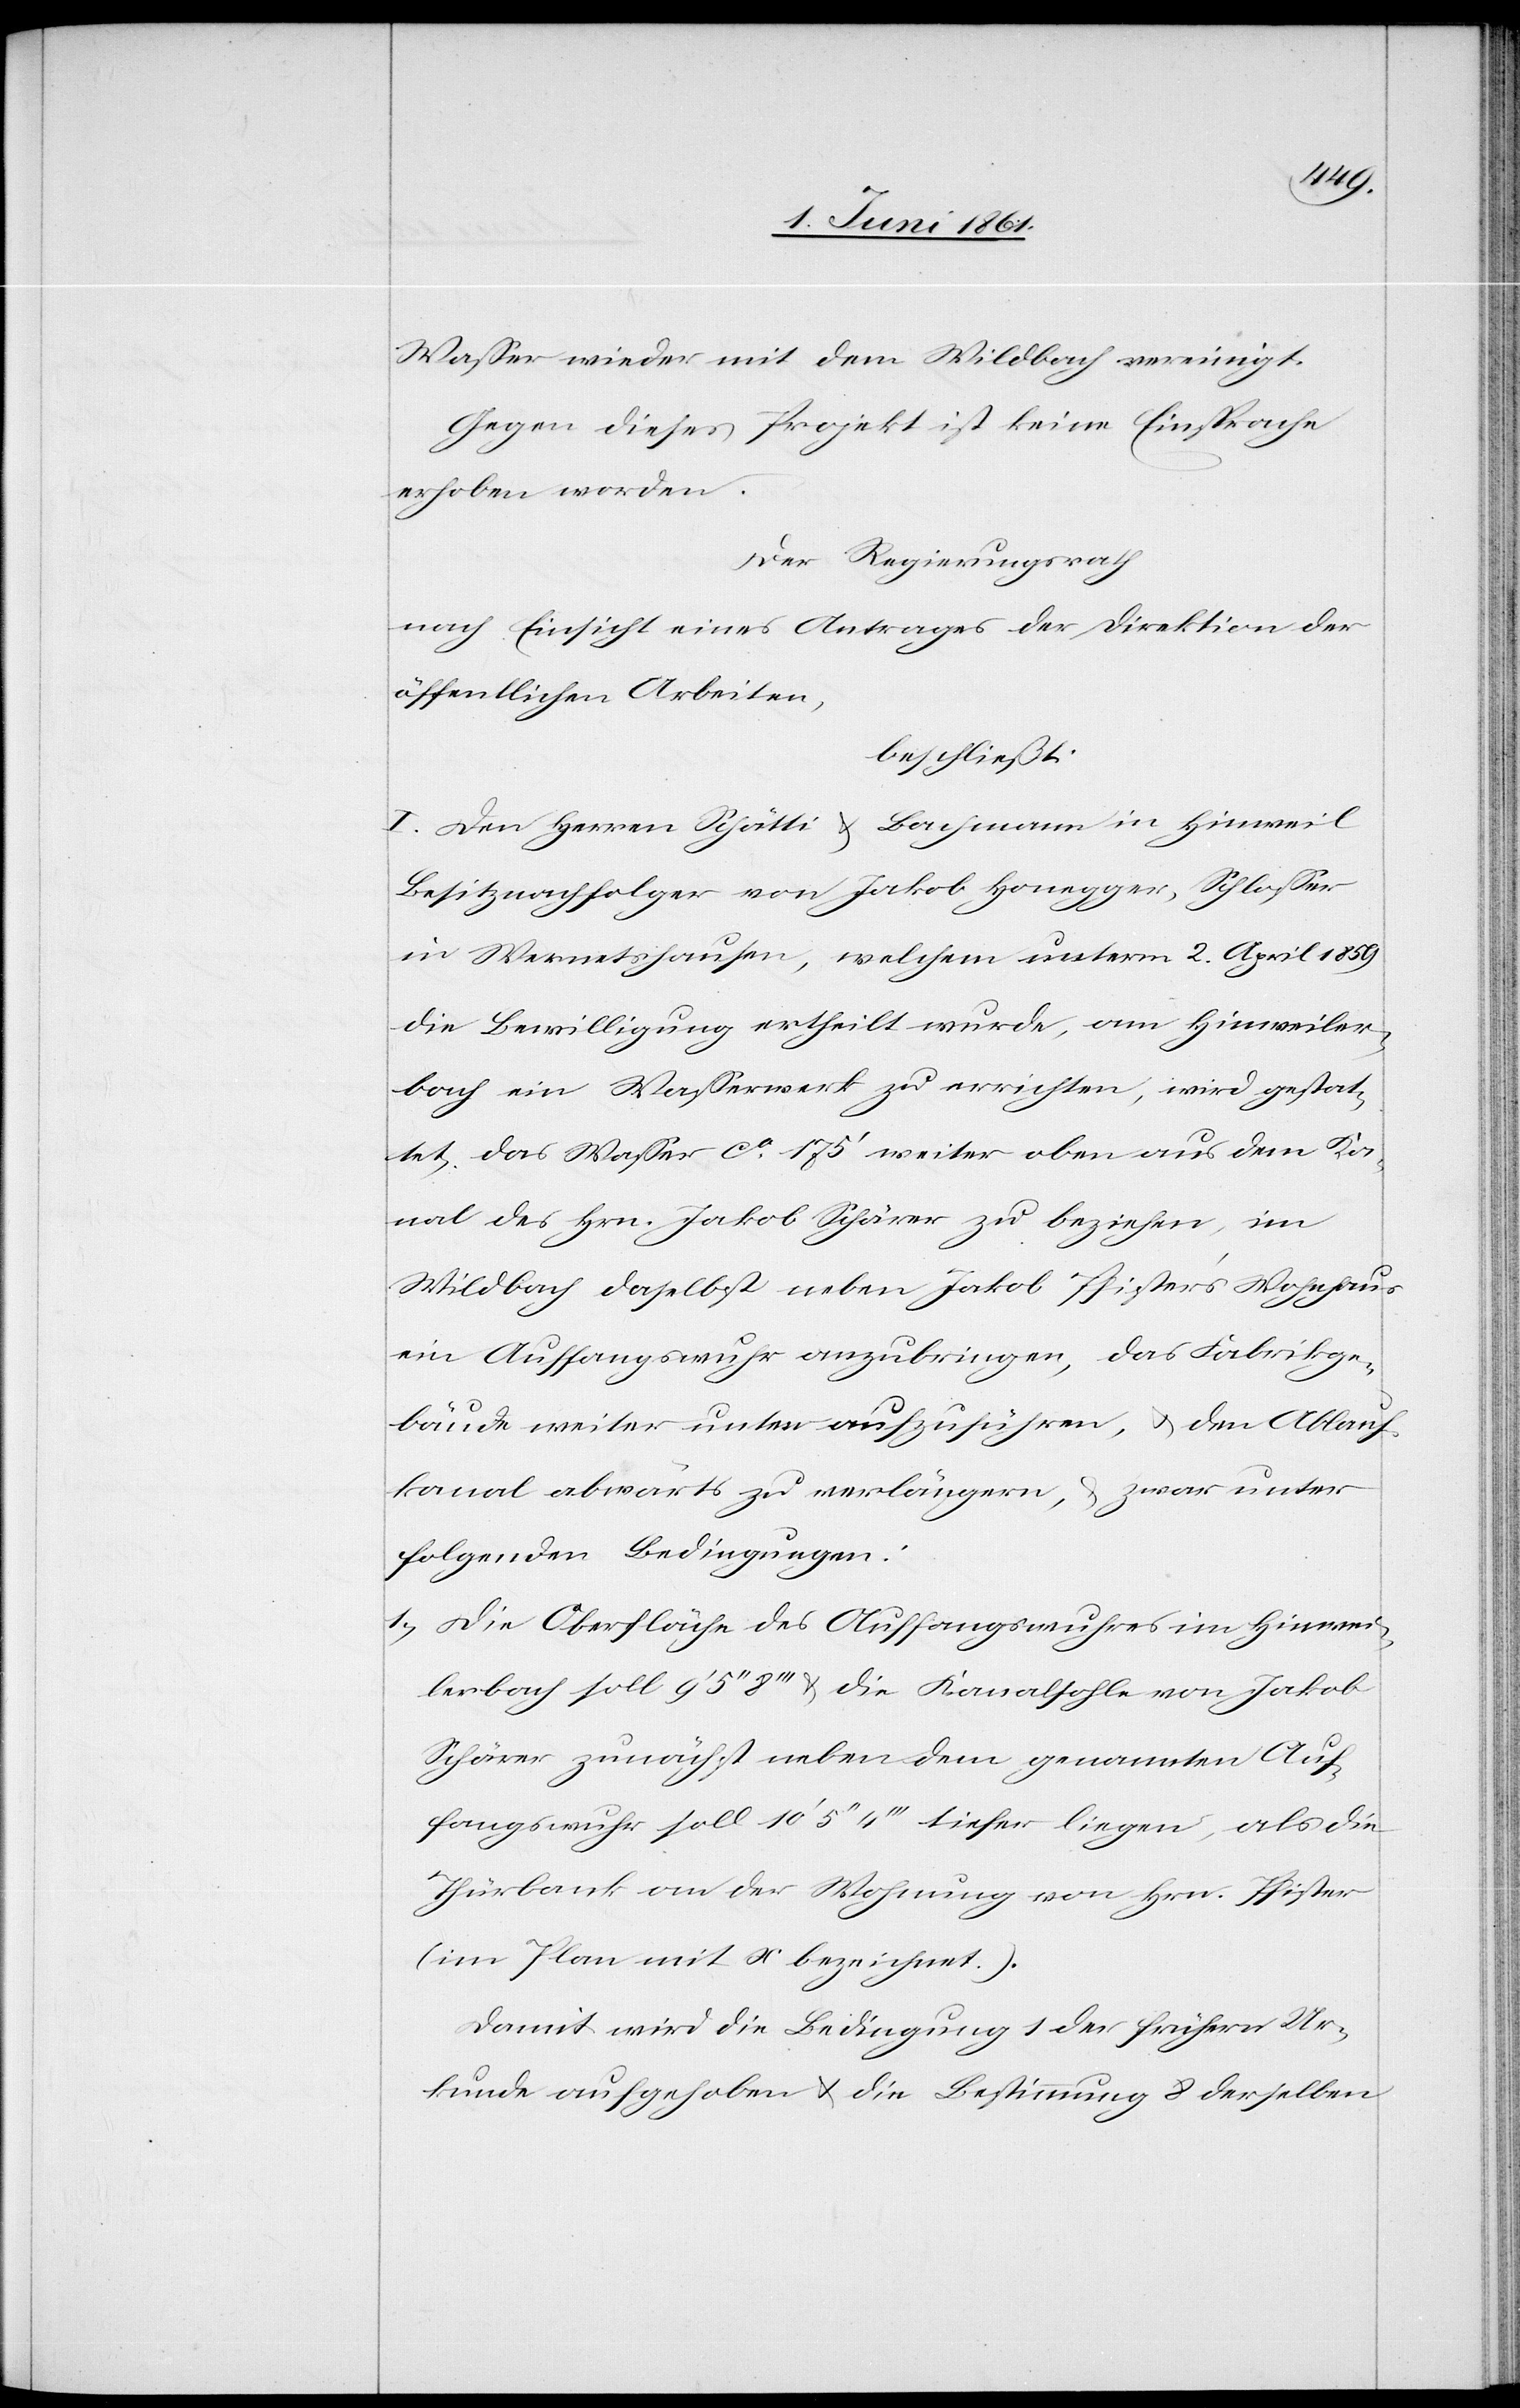
Wasser wieder mit dem Wildbach vereinigt.
Gegen dieses Projekt ist keine Einsprache
erhoben worden.
Der Regierungsrath
nach Einsicht eines Antrages der Direktion der
öffentlichen Arbeiten,
beschließt:
I. Den Herren Schätti u. Bachmann in Hinweil
Besitznachfolger von Jakob Honegger, Schlosser
in Wernetshausen, welchem unterm 2. April 1859
die Bewilligung ertheilt wurde, am Hinweiler¬
bach ein Wasserwerk zu errichten, wird gestat¬
tet, das Wasser ca. 175’ weiter oben aus dem Ka¬
nal des Hrn. Jakob Schärer zu beziehen, im
Wildbach daselbst neben Jakob Pfister’s Wohnhaus
ein Auffangswuhr anzubringen, das Fabrikge¬
bäude weiter unten aufzuführen, u. den Ablauf¬
kanal abwärts zu verlängern, u. zwar unter
folgenden Bedingungen:
Die Oberfläche des Auffangswuhres im Hinwei¬
lerbach soll 9’ 5’’ 8’’’ u. die Kanalsohle von Jakob
Schärer zunächst neben dem genannten Au¬
fangswuhr soll 10’ 5’’ 4’’’ tiefer liegen, als die
Thürbank an der Wohnung von Hrn. Pfister
(im Plan mit x bezeichnet.).
Damit wird die Bedingung 1 der frühern Ur¬
kunde aufgehoben u. die Bestimmung 8 derselben